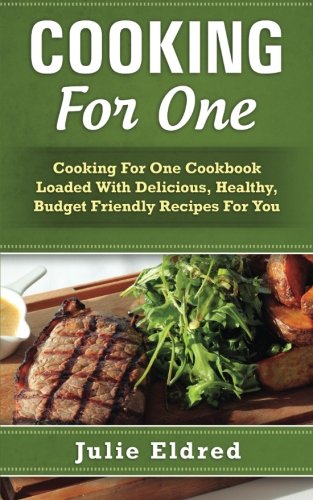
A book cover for Cooking For One: Cooking For One Cookbook Loaded With Delicious, Healthy, Budget Friendly Recipes For You; Julie Eldred; Cookbooks, Food & Wine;